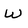
Character: w